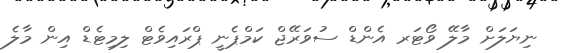
ނިޔަލަށް މާލޭ ވޯޓަރ އެންޑް ސުވަރޭޖް ކަމްޕެނީ ޕްރައިވެޓް ލިމިޓެޑް އިން މާލެ